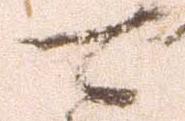
可